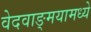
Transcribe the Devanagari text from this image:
वेदवाङ्मयामध्ये